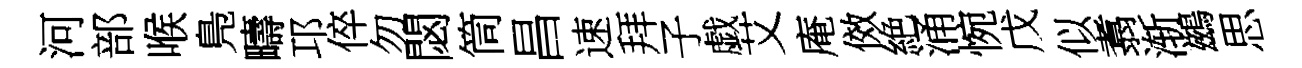
河部喉鳬疇邛倅勿閟筒昌速拜子戯艾庵傚絶涌惋戊似翥渐鷀思